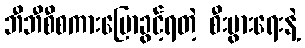
ဘီဘီစီစကားပြောခွင့်ရတဲ့ စီးပွားရေးနဲ့